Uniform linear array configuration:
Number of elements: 8
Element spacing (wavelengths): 0.75
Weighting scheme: exponential
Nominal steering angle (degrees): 0
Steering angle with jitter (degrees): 1.259
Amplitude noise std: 0.05
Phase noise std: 0.05

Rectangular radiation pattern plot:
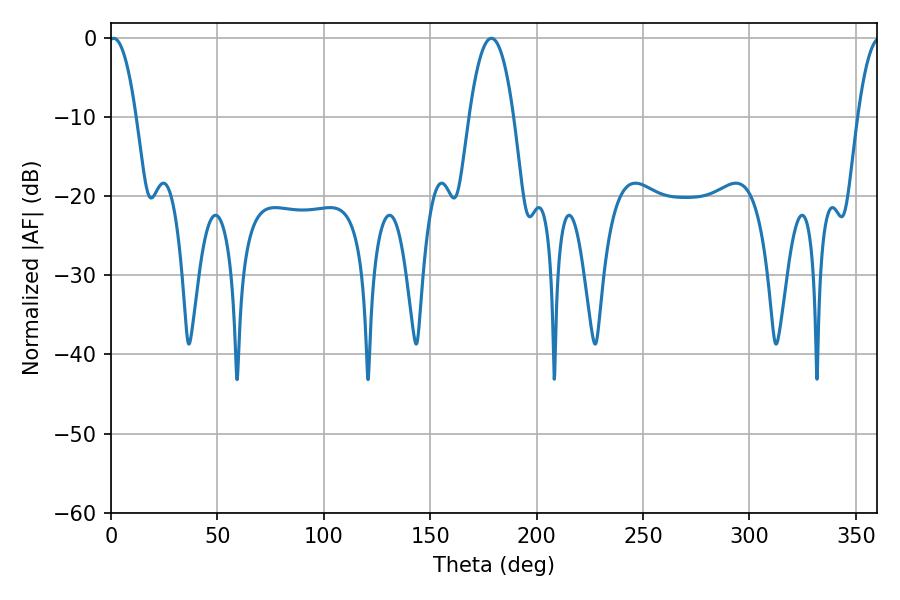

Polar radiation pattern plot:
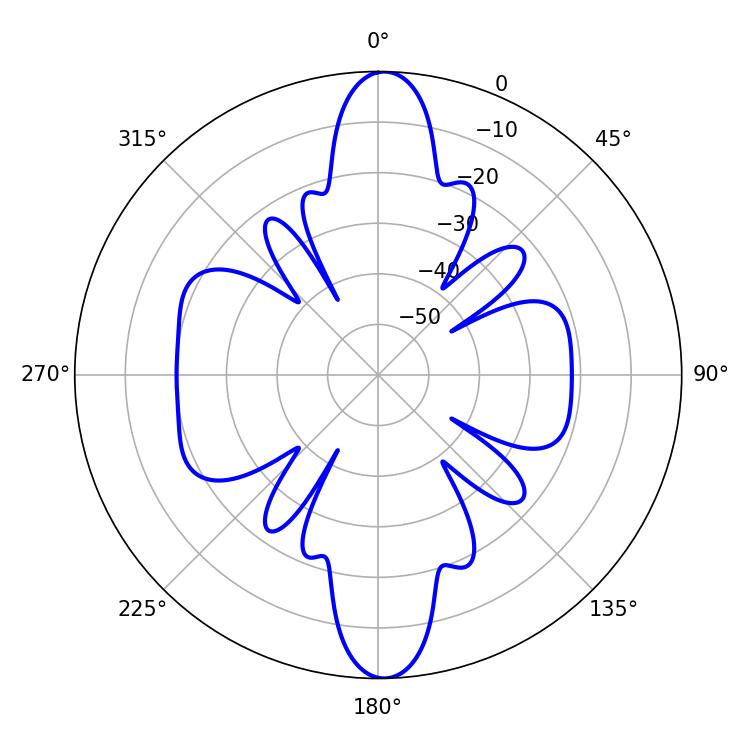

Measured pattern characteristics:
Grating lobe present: TRUE
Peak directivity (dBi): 26.727
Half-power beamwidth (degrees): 7.02
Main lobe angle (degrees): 1.26